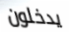
يدخلون